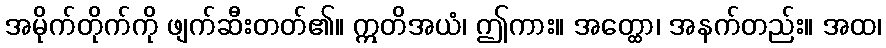
အမိုက်တိုက်ကို ဖျက်ဆီးတတ်၏။ ဣတိအယံ၊ ဤကား။ အတ္ထော၊ အနက်တည်း။ အထ၊